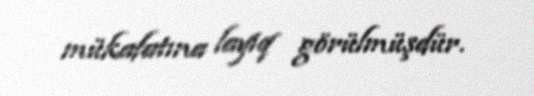
mükafatına layiq görülmüşdür.